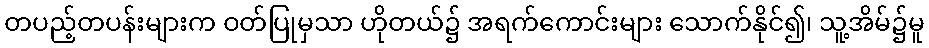
တပည့်တပန်းများက ဝတ်ပြုမှသာ ဟိုတယ်၌ အရက်ကောင်းများ သောက်နိုင်၍၊ သူ့အိမ်၌မူ